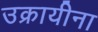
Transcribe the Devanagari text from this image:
उक्रायीना